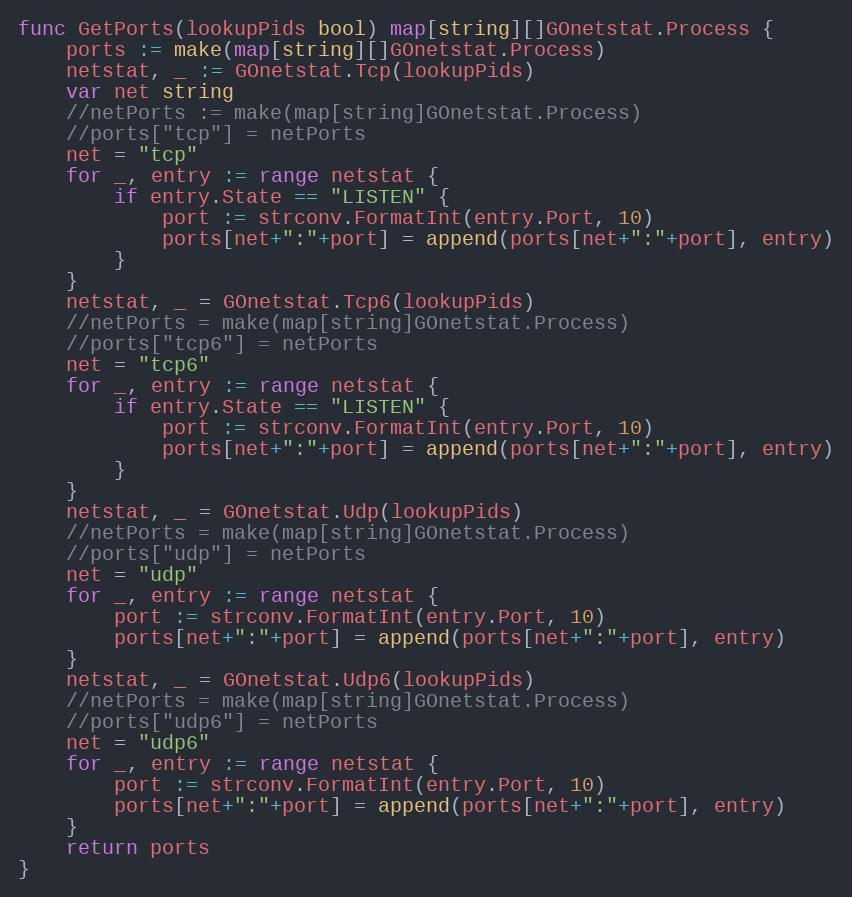
Language: Go
func GetPorts(lookupPids bool) map[string][]GOnetstat.Process {
	ports := make(map[string][]GOnetstat.Process)
	netstat, _ := GOnetstat.Tcp(lookupPids)
	var net string
	//netPorts := make(map[string]GOnetstat.Process)
	//ports["tcp"] = netPorts
	net = "tcp"
	for _, entry := range netstat {
		if entry.State == "LISTEN" {
			port := strconv.FormatInt(entry.Port, 10)
			ports[net+":"+port] = append(ports[net+":"+port], entry)
		}
	}
	netstat, _ = GOnetstat.Tcp6(lookupPids)
	//netPorts = make(map[string]GOnetstat.Process)
	//ports["tcp6"] = netPorts
	net = "tcp6"
	for _, entry := range netstat {
		if entry.State == "LISTEN" {
			port := strconv.FormatInt(entry.Port, 10)
			ports[net+":"+port] = append(ports[net+":"+port], entry)
		}
	}
	netstat, _ = GOnetstat.Udp(lookupPids)
	//netPorts = make(map[string]GOnetstat.Process)
	//ports["udp"] = netPorts
	net = "udp"
	for _, entry := range netstat {
		port := strconv.FormatInt(entry.Port, 10)
		ports[net+":"+port] = append(ports[net+":"+port], entry)
	}
	netstat, _ = GOnetstat.Udp6(lookupPids)
	//netPorts = make(map[string]GOnetstat.Process)
	//ports["udp6"] = netPorts
	net = "udp6"
	for _, entry := range netstat {
		port := strconv.FormatInt(entry.Port, 10)
		ports[net+":"+port] = append(ports[net+":"+port], entry)
	}
	return ports
}